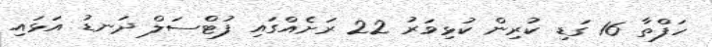
ހަފްތާ 16 ގަޑި ކުރިން ކުޅިވަރު 22 ރަށެއްގައި ފުޓްސަލް ދަނޑު އަޅައި